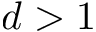
d > 1